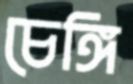
চেঙ্গি